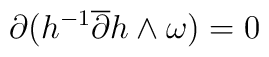
\partial(h^{-1} \overline{\partial} h \wedge \omega)=0